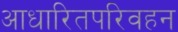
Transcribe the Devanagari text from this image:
आधारितपरिवहन